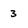
Character: 3